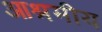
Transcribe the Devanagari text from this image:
आश्रमीय